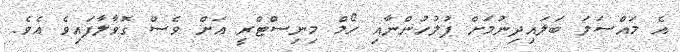
އެ މައްސަލަ ބަލައިދިނުމަށް ފުލުހުންނާއި ހޯމް މިނިސްޓްރީ އަށް ވެސް ގޮވާލާފައިވެ އެވެ.